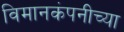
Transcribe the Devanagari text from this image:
विमानकंपनीच्या